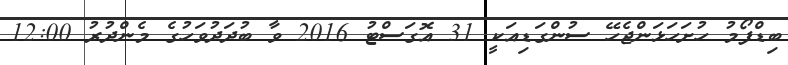
ބިޑްފޯމު ހުށަހަޅަންޖެހޭ ސުންގަޑިއަކީ 31 އޮގަސްޓު 2016 ވާ ބުދަދުވަހުގެ މެންދުރު 12:00